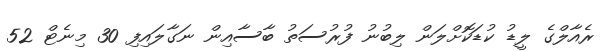
ރެއާލްގެ ލީޑު ކުޑަކޮށްލަން ލިބުނު ފުރުސަތު ބާސާއިން ނަގާލައިފި 30 މިނެޓް 52